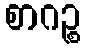
စာဂဉ္စ